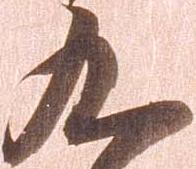
九